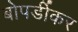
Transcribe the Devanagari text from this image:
बोपर्डीकर